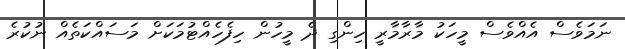
ނަމަވެސް އެއްވެސް މީހަކު މާރާމާރީ ހިންގި ދެ މީހުން ހިފެހެއްޓުމަކަށް މަސައްކަތެއް ނުކުރެ